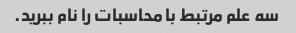
سه علم مرتبط با محاسبات را نام ببرید.